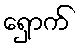
ရှောက်